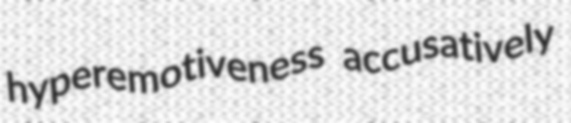
hyperemotiveness accusatively